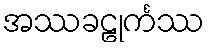
အဿခဠုင်္ကဿ